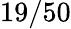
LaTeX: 19/50